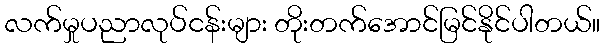
လက်မှုပညာလုပ်ငန်းများ တိုးတက်အောင်မြင်နိုင်ပါတယ်။